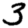
Digit: 3